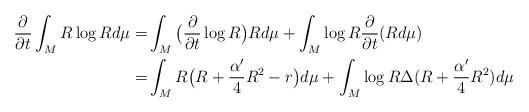
LaTeX: \begin{align*}\frac{\partial}{\partial t}\int_M R\log Rd\mu=&\int_M\big(\frac{\partial}{\partial t}\log R\big)Rd\mu+\int_M\log R\frac{\partial}{\partial t}(Rd\mu) \\=&\int_MR\big(R+\frac{\alpha'}{4}R^2-r\big)d\mu+\int_M\log R\Delta (R+\frac{\alpha'}{4}R^2)d\mu\end{align*}